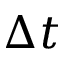
\Delta t